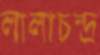
লালাচন্দ্র